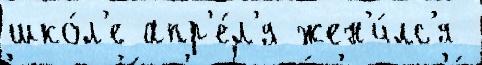
шко́л'е апр'е́л'я жен'и́лс'я